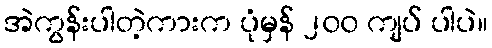
အဲကွန်းပါတဲ့ကားက ပုံမှန် ၂၀၀ ကျပ် ပါပဲ။